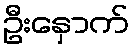
ဦးနှောက်